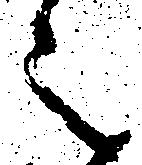
之